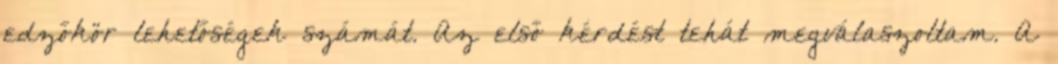
edzőkör lehetőségek számát. Az első kérdést tehát megválaszoltam. A